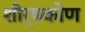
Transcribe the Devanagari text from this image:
शीर्षकोण